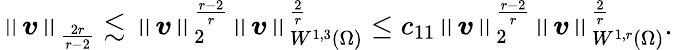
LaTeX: \left\lVert\boldsymbol{v}\right\rVert_{\frac{2r}{r-2}}\lesssim\left\lVert\boldsymbol{v}\right\rVert_{2}^{\frac{r-2}{r}}\left\lVert\boldsymbol{v}\right\rVert_{W^{1,3}(\Omega)}^{\frac{2}{r}}\leq c_{11}\left\lVert\boldsymbol{v}\right\rVert_{2}^{\frac{r-2}{r}}\left\lVert\boldsymbol{v}\right\rVert_{W^{1,r}(\Omega)}^{\frac{2}{r}}.